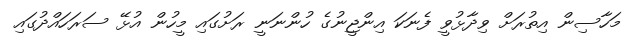
މަހާސިން އިތުރަށް ވިދާޅުވީ ފެނަކަ އިންޖީނުގެ ހުންނަނީ ރަށުގައި މީހުން އުޅޭ ސަރަހައްދުގައި